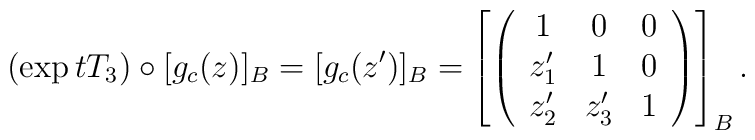
(\exp tT_3)\circ [g_c(z)]_B= [g_c(z^\prime)]_B=\left[\left(\begin{array}{ccc}1&0&0\\z_1^\prime&1&0\\z_2^\prime&z_3^\prime&1\\\end{array}\right)\right]_B.